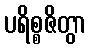
ပရိစ္စဇိတွာ